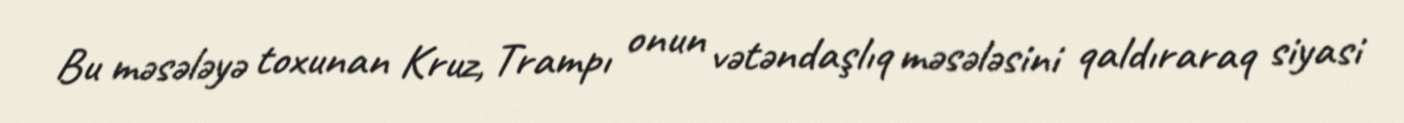
Bu məsələyə toxunan Kruz, Trampı onun vətəndaşlıq məsələsini qaldıraraq siyasi